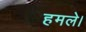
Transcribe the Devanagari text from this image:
हमले।